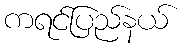
ကရင်ပြည်နယ်